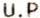
U.P